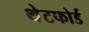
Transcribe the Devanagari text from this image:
थेटफोर्ड